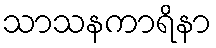
သာသနကာရိနာ